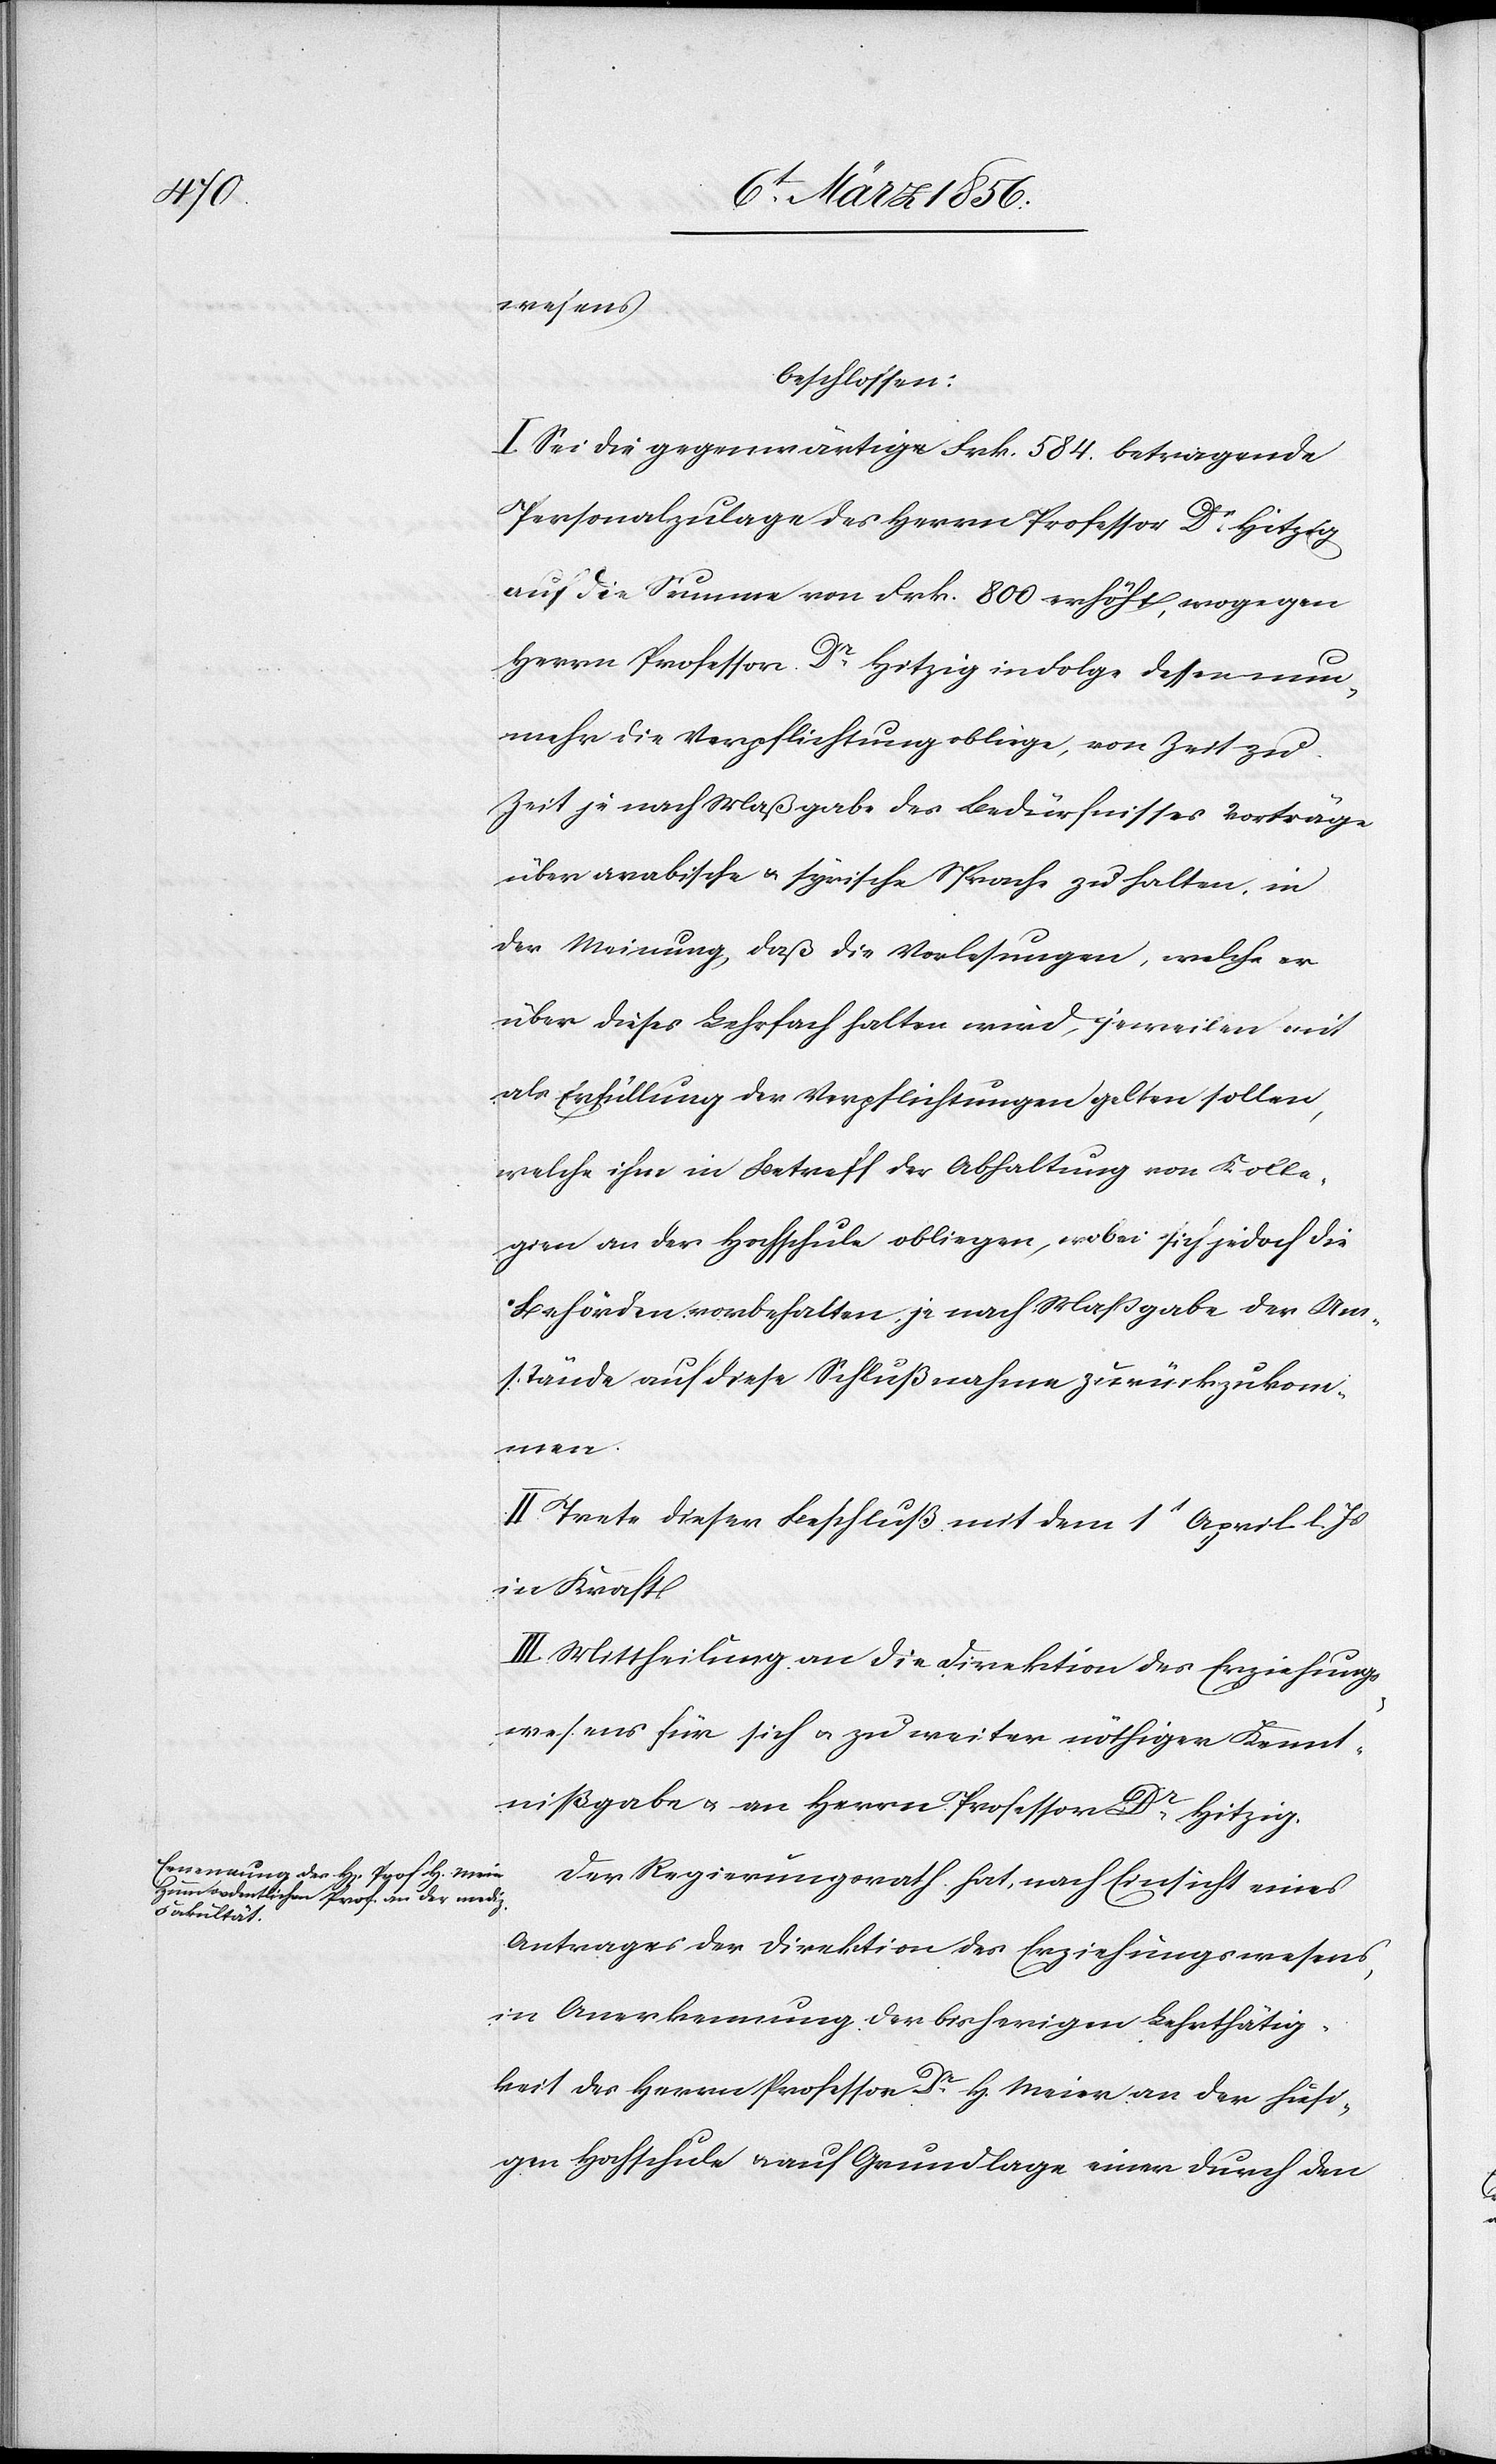
wesens
beschlossen:
I. Sei die gegenwärtige Frk. 584. betragende
Personalzulage des Herrn Professor Dr Hitzig
auf die Summe von Frk. 800 erhöht, wogegen
Herrn Professor Dr Hitzig in Folge dessen nun¬
mehr die Verpflichtung obliege, von Zeit zu
Zeit je nach Maßgabe des Bedürfnisses Vorträge
über arabische u. syrische Sprache zu halten, in
der Meinung, daß die Vorlesungen, welche er
über dieses Lehrfach halten wird, jeweilen mit
als Erfüllung der Verpflichtungen gelten sollen,
welche ihm in Betreff der Abhaltung von Kolle¬
gien an der Hochschule obliegen, wobei sich jedoch die
Behörden vorbehalten, je nach Maßgabe der Um¬
stände auf diese Schlußnahme zurückzukom¬
men.
II. Trete dieser Beschluß mit dem 1t April l. Js
in Kraft.
III. Mittheilung an die Direktion des Erziehungs¬
wesens für sich u. zu weiter nöthiger Kennt¬
nißgabe u. an Herrn Professor Dr Hitzig.
Der Regierungsrath hat, nach Einsicht eines
Antrages der Direktion des Erziehungswesens,
in Anerkennung der bisherigen Lehrthätig¬
keit des Herrn Professor Dr H. Meier an der hiesi¬
gen Hochschule & auf Grundlage einer durch den